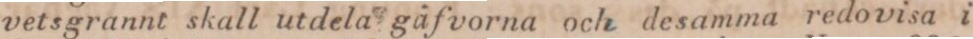
vetsgrannt skall utdela gåfvorna och desamma redovisa i